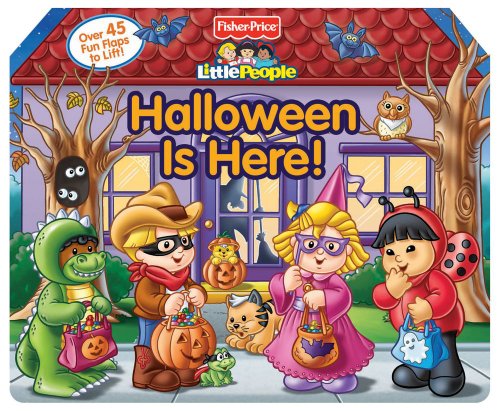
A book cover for Fisher Price Little People Halloween is Here! (Lift-the-Flap); Fisher-Price(TM); Children's Books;